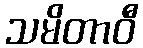
သမိတာဝီ